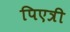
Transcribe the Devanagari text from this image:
पिएत्री